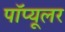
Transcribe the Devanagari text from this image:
पॉप्यूलर